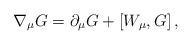
\begin{align*}\nabla_{\mu}G=\partial_{\mu}G+\left[ W_{\mu},G\right] ,\end{align*}